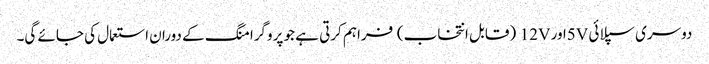
دوسری سپلائی 5Vاور 12V (قابل انتخاب) فراہم کرتی ہے جو پروگرامنگ کے دوران استعمال کی جائے گی۔